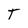
Character: T